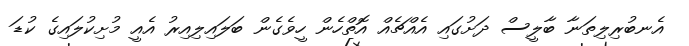
އެނބުރިލިތަނާ ބާލީސް ދަށުގައި އެއްޗެއް އޮތްހެން ހީވެގެން ބަލައިލިއިރު އެއީ މުށިކުލައިގެ ކުޑަ